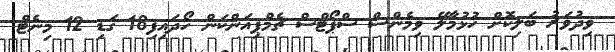
ވިދުވަރު ބަލިކޮށް ހުޅުމާލޭ ވިމެންސް ސްޕޯޓްސް ޗެމްޕިއަންކަން ހޯދައިފި18 ގަޑި 12 މިނެޓް